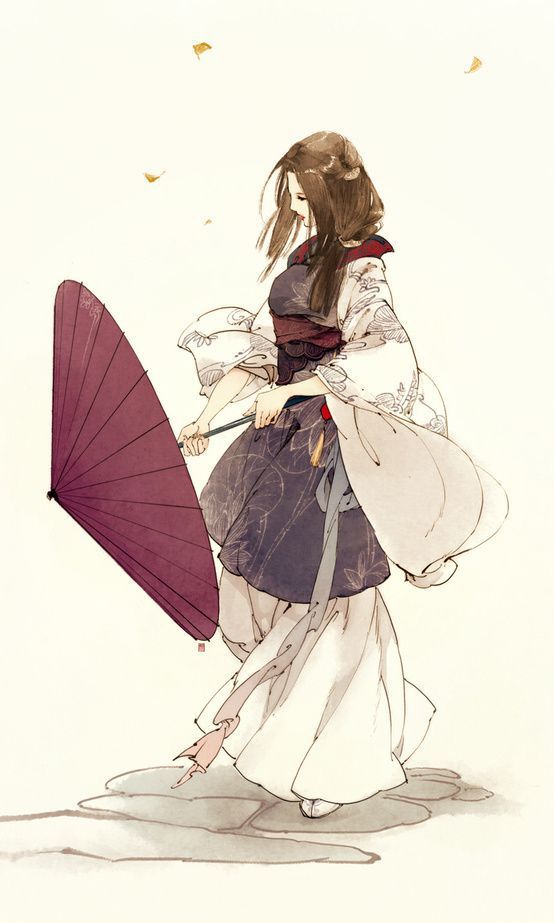
春悄悄，夜迢迢。碧云天共楚宫遥。